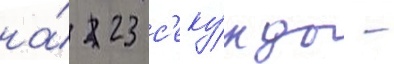
на́ 23 с'еку́нды -